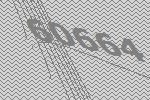
60664